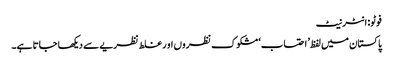
فوٹو: انٹرنیٹ
پاکستان میں لفظ’ احتساب‘ مشکوک نظروں او ر غلط نظریے سے دیکھا جاتا ہے۔